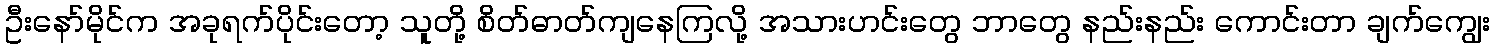
ဦးနော်မိုင်က အခုရက်ပိုင်းတော့ သူတို့ စိတ်ဓာတ်ကျနေကြလို့ အသားဟင်းတွေ ဘာတွေ နည်းနည်း ကောင်းတာ ချက်ကျွေး